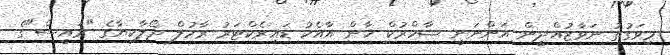
މިވަގުތު ނަވާޒުއްދީން އަންނަނީ ޝާހްރުކް ޚާން އާއެކު ޑައިރެކްޓަރު ރާހުލް ދޯލާކިޔާގެ "ރައީސް"ގެ